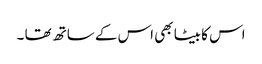
اس کا بیٹا بھی اس کے ساتھ تھا ۔